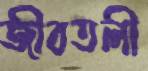
জীবতলী